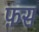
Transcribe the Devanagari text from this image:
फ़स